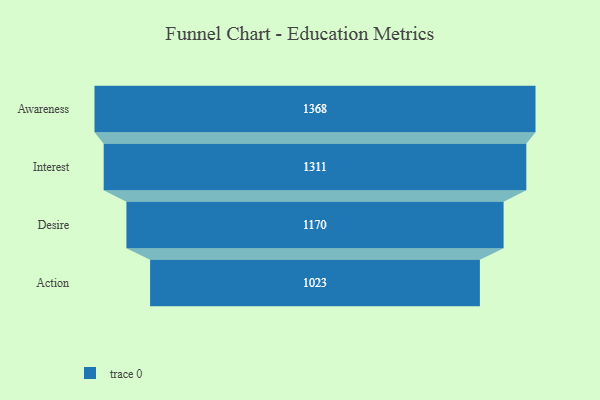
{"axis": {"x": "Stage", "y": "Value"}, "legend": [""], "data": [{"x": "Awareness", "y": 1368.0, "type": ""}, {"x": "Interest", "y": 1311.0, "type": ""}, {"x": "Desire", "y": 1170.0, "type": ""}, {"x": "Action", "y": 1023.0, "type": ""}]}